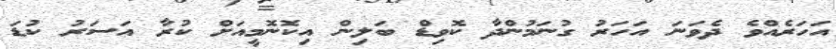
އަހަރެއްވެ ދެވަނަ އަހަރު ގުނަމުންދާ ކޮވިޑް ބަލިން އިކޮނޮމީއަށް ކުރާ އަސަރު ކުޑަ